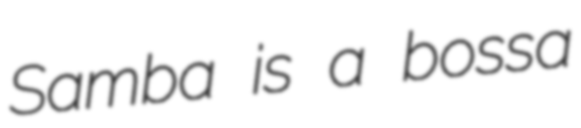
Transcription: Samba is a bossa